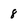
Character: 8